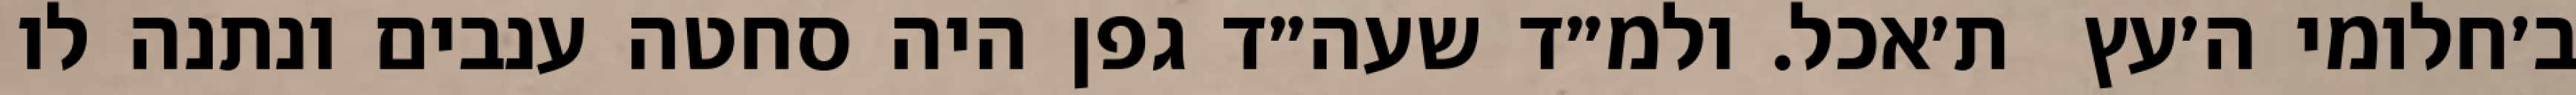
ב׳חלומי ה׳עץ  ת׳אכל. ולמ״ד שעה״ד גפן היה סחטה ענבים ונתנה לו